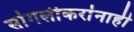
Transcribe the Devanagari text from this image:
सांगलीकरांनाही